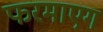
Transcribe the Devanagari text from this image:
फरमाएग